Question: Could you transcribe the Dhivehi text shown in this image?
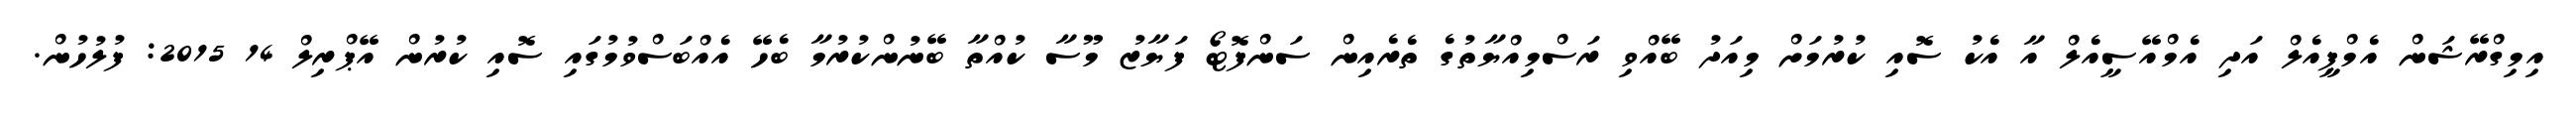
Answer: އިމިގްރޭޝަން އެމްޕީއެލް އަދި އެމްއޭސީއެލް އާ އެކު ސޮއި ކުރުމަށް މިއަދު ބޭއްވި ރަސްމިއްޔާތުގެ ތެރެއިން ސަންފޮޓޯ ފަޔާޒު މޫސާ ކުއްތާ ބޭނުންކުރުމާ ބެހޭ އެއްބަސްވުމުގައި ސޮއި ކުރުން އޭޕްރިލް 14 2015: ފުލުހުން.